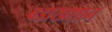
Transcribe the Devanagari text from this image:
बडाखशान